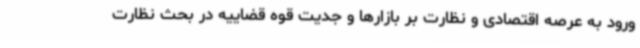
ورود به عرصه اقتصادی و نظارت بر بازارها و جدیت قوه قضاییه در بحث نظارت